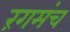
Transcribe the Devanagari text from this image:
रंगमंच